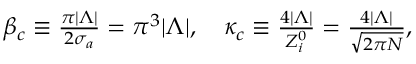
\begin{array} { r } { \beta _ { c } \equiv \frac { \pi | \Lambda | } { 2 \sigma _ { a } } = \pi ^ { 3 } | \Lambda | , \ \ \ \kappa _ { c } \equiv \frac { 4 | \Lambda | } { Z _ { i } ^ { 0 } } = \frac { 4 | \Lambda | } { \sqrt { 2 \pi N } } , } \end{array}